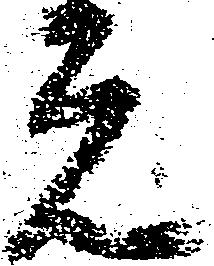
元